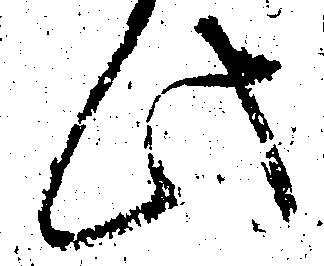
此